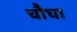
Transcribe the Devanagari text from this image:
चौघा